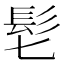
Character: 𩫷